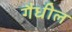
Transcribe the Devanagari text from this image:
गैधील